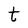
Character: t